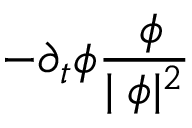
- \partial _ { t } \phi \frac { \mathbf { \nabla } \phi } { | \mathbf { \nabla } \phi | ^ { 2 } }